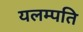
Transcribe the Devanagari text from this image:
यलम्पति